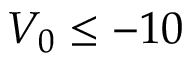
V _ { 0 } \leq - 1 0